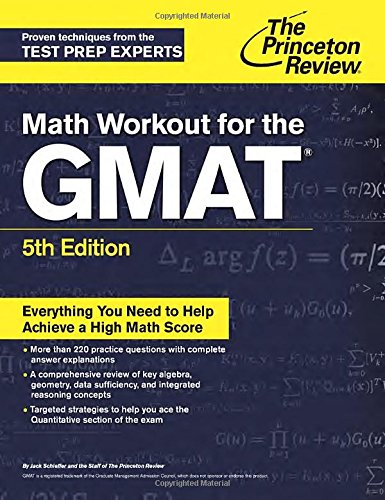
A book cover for Math Workout for the GMAT, 5th Edition (Graduate School Test Preparation); Princeton Review; Test Preparation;